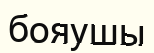
бояушы